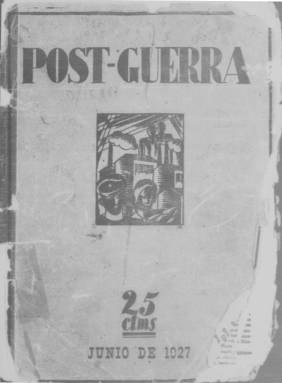
Título: Post-guerra (Madrid)
Otros títulos: Post guerra || Postguerra
Colección: Cultura || Asuntos sociales
Ámbito geográfico: Madrid
Lugar de publicación: Madrid
Fechas: 25/06/1927-01/09/1928

Revista de vanguardia política, literaria y artística que se editó por un breve espacio de tiempo, entre junio de 1927 y septiembre de 1928, durante la dictadura del general Primo de Rivera. Los números aparecían visados por la censura, como era normal en ese periodo, pero sin que se impidiera la difusión de artículos y la publicidad de obras de contenido revolucionario. El título de la publicación alude a los años posteriores a la finalización de la I Guerra Mundial.

  Frente a la Revista de Occidente de Ortega y Gasset y su arte deshumanizado, y frente también a los poetas de la llamada Generación del 27, aparece un grupo de intelectuales que entienden la literatura y el arte como expresión de un compromiso social con la clase obrera y que serán los impulsores de esta publicación. La biblioteca de la revista tradujo y publicó novelas que ensalzaban los logros de la revolución rusa y editó obras de Marx, Lenin, Trotsky, Bakunin y otros revolucionarios.

 Como almas de Post-guerra figuran José Antonio Balbontín, que se convertiría más tarde en el primer diputado comunista de las Cortes de la II República, y Rafael Giménez Siles, quien sería uno de los mayores promotores de la Feria del Libro de Madrid en los años 30. Tras la aparición de la revista, este último pasó unos meses en la cárcel en relación con la difusión de un manifiesto contra el rey Alfonso XIII. El número de julio de 1928 informa de su puesta en libertad.

   Post-guerra contaba normalmente con 20 páginas y tenía periodicidad mensual. Hubo dos excepciones: el número del 1 mayo de 1928, dedicado a ensalzar la jornada de lucha obrera, que contó con 28 páginas, y el último número de septiembre que tuvo 24. En el de mayo cambió también la sobria cubierta por otra de estilo vanguardista con el perfil de un grupo de trabajadores de la industria.

En el último número se incluye un artículo del prestigioso periodista Manuel Chaves Nogales titulado ‘El paraíso de los sociólogos y el minero del Rhur’. Es un texto de contenido irónico sobre la comodidad y el lujo del que disfrutaban los burócratas de la Oficina Internacional del Trabajo en Ginebra en claro contraste con las duras condiciones que sufrían lo obreros de todo el mundo.

  Aparte de los textos literarios y de ensayo, Post-guerra se ocupó también de la pintura, el cine o la música de la época. La sección musical, cuyo programa se inspiró en el ejemplo de la revolución rusa, estuvo supervisada por Rodolfo Halffter. Estos textos de música y compromiso social han sido analizados por Beatriz Martínez del Fresno, de la Universidad de Oviedo, en un artículo publicado en la Revista de Musicología en enero de 2009.

 [Descripción publicada el 18/07/2023]